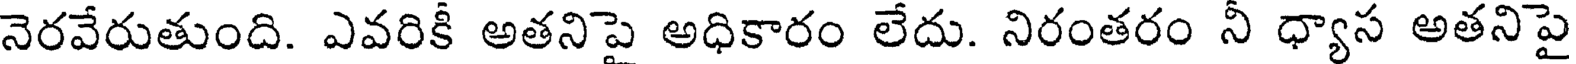
నెరవేరుతుంది. ఎవరికీ అతనిపై అధికారం లేదు. నిరంతరం నీ ధ్యాస అతనిపై